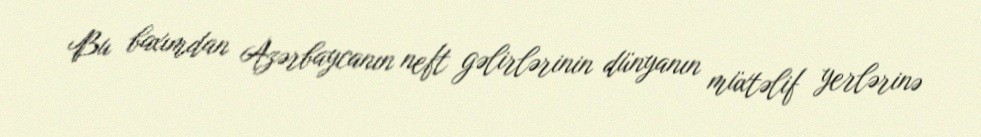
Bu baxımdan Azərbaycanın neft gəlirlərinin dünyanın müxtəlif yerlərinə